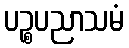
ပဉ္စပညာသမံ